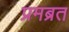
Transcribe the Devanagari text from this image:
प्रमब्रत